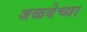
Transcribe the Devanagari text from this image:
जळवेच्या